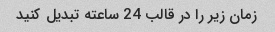
زمان زیر را در قالب 24 ساعته تبدیل کنید